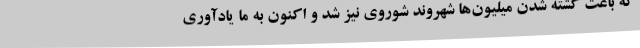
که باعث کشته شدن میلیون‌ها شهروند شوروی نیز شد و اکنون به ما یادآوری